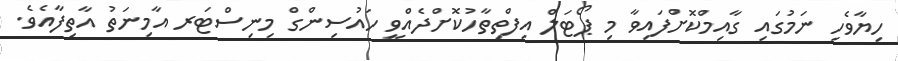
ހިޔާވެހި ނަމުގައި ގާއިމްކޮށްފައިވާ މި ޕޯޓަލް އިފްތިތާހުކޮށްދެއްވީ ހައުސިންގް މިނިސްޓަރ އާމިނަތު އާތިފާއެވެ.